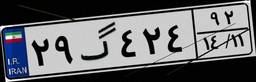
۲۹گ۴۲۴۹۲